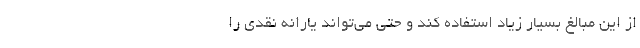
از این مبالغ بسیار زیاد استفاده کند و حتی می‌تواند یارانه‌ نقدی را